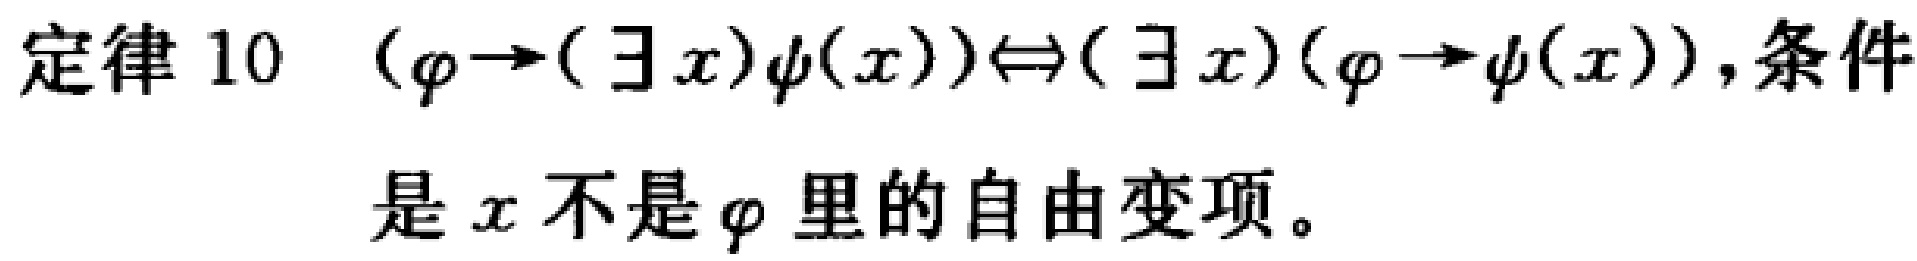
定律 10 $(\varphi\rightarrow(\exists x)\psi(x))\Leftrightarrow(\exists x)(\varphi\rightarrow\psi(x))$, 条件
是 $x$ 不是 $\varphi$ 里的自由变项。